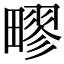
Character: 疁